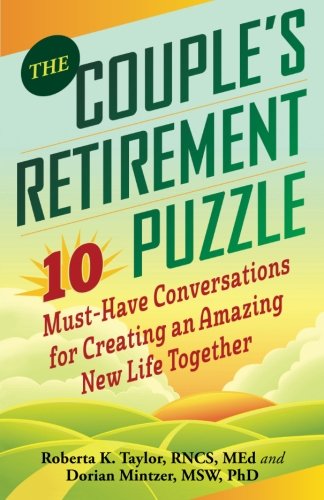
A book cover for The Couple's Retirement Puzzle: 10 Must-Have Conversations for Creating an Amazing New Life Together; Roberta Taylor; Business & Money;